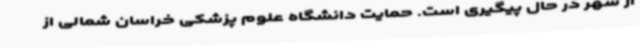
از شهر در حال پیگیری است. حمایت دانشگاه علوم پزشکی خراسان شمالی از